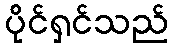
ပိုင်ရှင်သည်